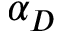
\alpha _ { D }